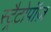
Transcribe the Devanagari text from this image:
स्ट्रैटोपॉज़